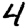
Digit: 4